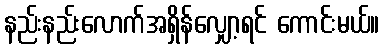
နည်းနည်းလောက်အရှိန်လျှော့ရင် ကောင်းမယ်။